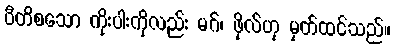
ပီတိစသော ကိုးပါးကိုလည်း မဂ်၊ ဖိုလ်ဟု မှတ်ထင်သည်။